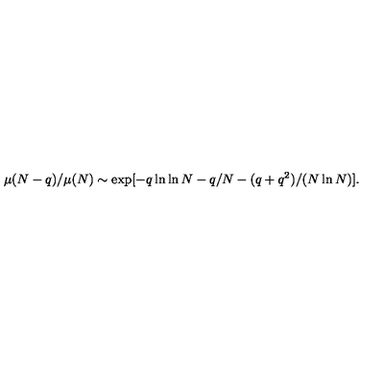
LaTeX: \mu ( N - q ) / \mu ( N ) \sim \exp [ - q \ln \ln N - q / N - ( q + q ^ { 2 } ) / ( N \ln N ) ] .